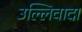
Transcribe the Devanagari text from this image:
उल्लिवादा